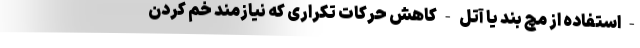
- استفاده از مچ بند یا آتل - کاهش حرکات تکراری که نیازمند خم کردن